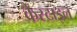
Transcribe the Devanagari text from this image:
कैस्टाइल